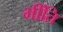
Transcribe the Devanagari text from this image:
भींति